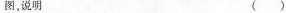
图，说明 ( )